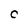
Character: c